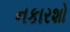
નકારશો